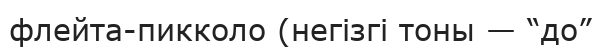
флейта-пикколо (негізгі тоны — “до”